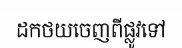
ដកថយចេញពីផ្លូវទៅ